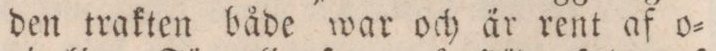
den trakten både war och är rent af o=